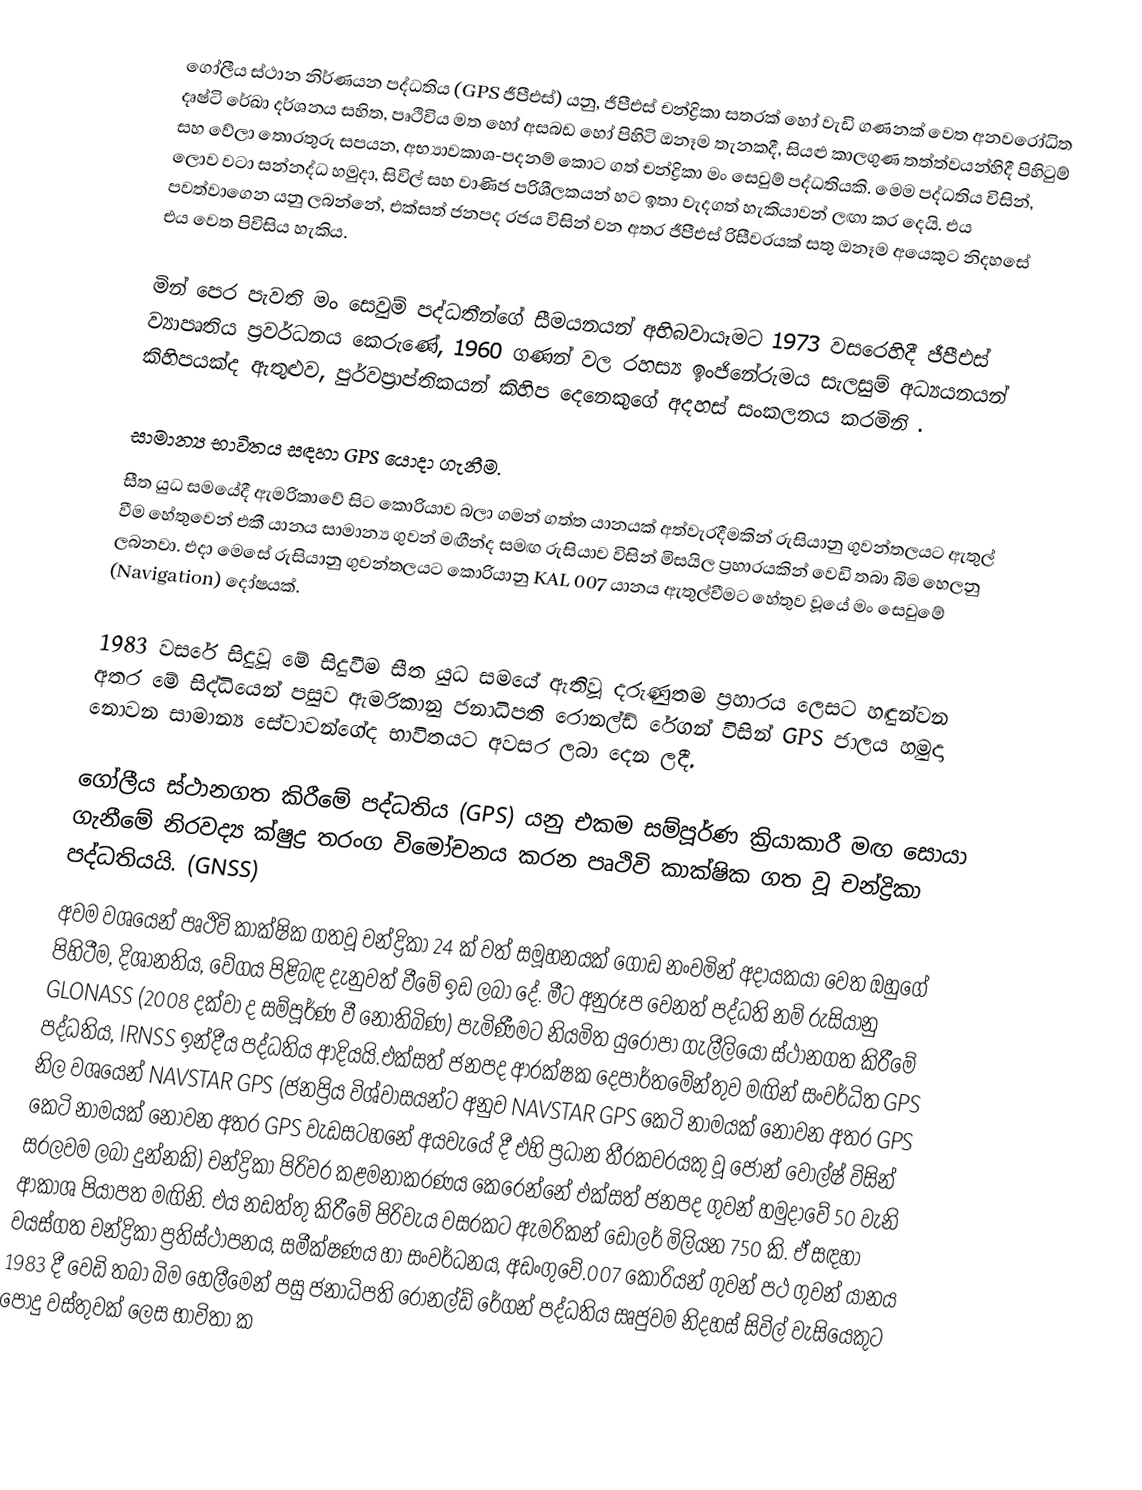
ගෝලීය ස්ථාන නිර්ණයන පද්ධතිය (GPS ජීපීඑස්) යනු,  ජීපීඑස් චන්ද්‍රිකා සතරක් හෝ වැඩි ගණනක්  වෙත අනවරෝධිත දෘෂ්ටි රේඛා දර්ශනය සහිත,  පෘථිවිය මත හෝ අසබඩ හෝ පිහිටි ඔනෑම තැනකදී,  සියළු කාලගුණ තත්ත්වයන්හිදී පිහිටුම් සහ වේලා තොරතුරු  සපයන,  අභ්‍යාවකාශ-පදනම් කොට ගත් චන්ද්‍රිකා මං සෙවුම් පද්ධතියකි.   මෙම පද්ධතිය විසින්, ලොව වටා සන්නද්ධ හමුදා, සිවිල් සහ වාණිජ පරිශීලකයන් හට ඉතා වැදගත් හැකියාවන් ලඟා කර දෙයි. එය පවත්වාගෙන යනු ලබන්නේ, එක්සත් ජනපද රජය විසින් වන අතර  ජීපීඑස් රිසීවරයක් සතු ඔනෑම අයෙකුට නිදහසේ එය වෙත පිවිසිය හැකිය.

මින් පෙර පැවති මං සෙවුම් පද්ධතීන්ගේ සීමයනයන් අභිබවායෑමට 1973 වසරෙහිදී ජීපීඑස් ව්‍යාපෘතිය ප්‍රවර්ධනය කෙරුණේ, 1960 ගණන් වල රහස්‍ය ඉංජිනේරුමය සැලසුම් අධ්‍යයනයන් කිහිපයක්ද ඇතුළුව, පුර්වප්‍රාප්තිකයන් කිහිප දෙනෙකුගේ අදහස් සංකලනය කරමිනි .

සාමාන්‍ය භාවිතය සඳහා GPS යොදා ගැනීම.
සීත යුධ සමයේදී ඇමරිකාවේ සිට කොරියාව බලා ගමන් ගත්ත යානයක් අත්වැරදීමකින් රුසියානු ගුවන්තලයට ඇතුල් වීම හේතුවෙන් එකී යානය සාමාන්‍ය ගුවන් මඟීන්ද සමඟ රුසියාව විසින් මිසයිල ප්‍රහාරයකින් වෙඩි තබා බිම හෙලනු ලබනවා. එදා මෙසේ රුසියානු ගුවන්තලයට කොරියානු KAL 007 යානය ඇතුල්වීමට හේතුව වූයේ මං සෙවුමේ (Navigation) දෝෂයක්.

1983 වසරේ සිදුවූ මේ සිදුවීම සීත යුධ සමයේ ඇතිවූ දරුණුතම ප්‍රහාරය ලෙසට හඳුන්වන අතර මේ සිද්ධියෙන් පසුව ඇමරිකානු ජනාධිපති රොනල්ඩ් රේගන් විසින් GPS ජාලය හමුදා නොවන සාමාන්‍ය සේවාවන්ගේද භාවිතයට අවසර ලබා දෙන ලදී.

ගෝලීය ස්ථානගත කිරීමේ පද්ධතිය (GPS) යනු එකම සම්පූර්ණ ක්‍රියාකාරී මඟ සොයා ගැනීමේ නිරවද්‍ය ක්ෂුද්‍ර තරංග විමෝචනය කරන පෘථිවි කාක්ෂික ගත වූ චන්ද්‍රිකා පද්ධතියයි. (GNSS)
අවම වශයෙන් පෘථිවි කාක්ෂික ගතවූ චන්ද්‍රිකා 24 ක් වත් සමූහනයක් ගොඩ නංවමින් අදායකයා වෙත ඔහුගේ පිහිටීම, දිශානතිය, වේගය පිළිබඳ දැනුවත් වීමේ ඉඩ ලබා ‍දේ. මීට අනුරූප වෙනත් පද්ධති නම් රුසියානු GLONASS (2008 දක්වා ද සම්පූර්ණ වී නොතිබිණ) පැමිණීමට නියමිත යුරෝපා ගැලීලියෝ ස්ථානගත කිරීමේ පද්ධතිය, IRNSS ඉන්දීය පද්ධතිය ආදියයි.එක්සත් ජනපද ආරක්ෂක දෙපාර්තමේන්තුව මඟින් සංවර්ධිත GPS නිල වශයෙන් NAVSTAR GPS (ජනප්‍රිය ‍විශ්වාසයන්ට අනුව NAVSTAR GPS කෙටි නාමයක් නොවන අතර GPS කෙටි නාමයක් නොවන අතර GPS වැඩසටහනේ අයවැයේ දී එහි ප්‍රධාන තීරකවරයකු වූ ජෝන් වොල්ෂ් විසින් සරලවම ලබා දුන්නකි) චන්ද්‍රිකා පිරිවර කළමනාකරණය කෙරෙන්නේ එක්සත් ජනපද ගුවන් හමුදාවේ 50 වැනි ආකාශ පියාපත මඟිනි. එය නඩත්තු කිරීමේ පිරිවැය වසරකට ඇමරිකන් ඩොලර් මිලියන 750 කි. ඒ සඳහා වයස්ගත චන්ද්‍රිකා ප්‍රතිස්ථාපනය, සමීක්ෂණය හා සංවර්ධනය, අඩංගු‍වේ.007 කොරියන් ගුවන් පථ ගුවන් යානය 1983 දී වෙඩි තබා බිම හෙලීමෙන් පසු ජනාධිපති රොනල්ඩ් රේගන් පද්ධතිය සෘජුවම නිදහස් සිවිල් වැසියෙකුට පොදු වස්තුවක් ලෙස භාවිතා ක